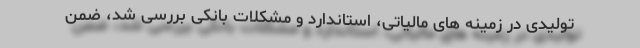
تولیدی در زمینه های مالیاتی، استاندارد و مشکلات بانکی بررسی شد، ضمن